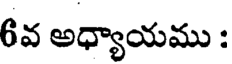
6వ అధ్యాయము :